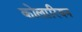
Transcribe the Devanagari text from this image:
कोलारियन